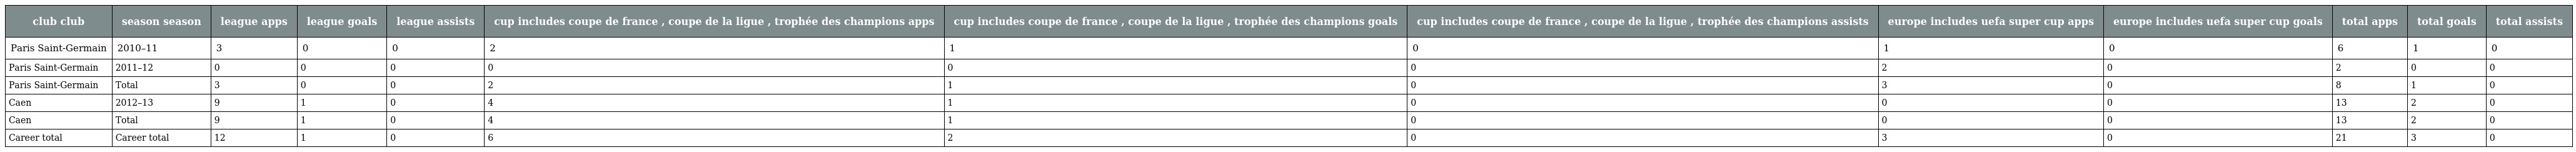
| club club | season season | league apps | league goals | league assists | cup includes coupe de france , coupe de la ligue , trophée des champions apps | cup includes coupe de france , coupe de la ligue , trophée des champions goals | cup includes coupe de france , coupe de la ligue , trophée des champions assists | europe includes uefa super cup apps | europe includes uefa super cup goals | total apps | total goals | total assists |
 | --- | --- | --- | --- | --- | --- | --- | --- | --- | --- | --- | --- | --- |
 | Paris Saint-Germain | 2010–11 | 3 | 0 | 0 | 2 | 1 | 0 | 1 | 0 | 6 | 1 | 0 |
 | Paris Saint-Germain | 2011–12 | 0 | 0 | 0 | 0 | 0 | 0 | 2 | 0 | 2 | 0 | 0 |
 | Paris Saint-Germain | Total | 3 | 0 | 0 | 2 | 1 | 0 | 3 | 0 | 8 | 1 | 0 |
 | Caen | 2012–13 | 9 | 1 | 0 | 4 | 1 | 0 | 0 | 0 | 13 | 2 | 0 |
 | Caen | Total | 9 | 1 | 0 | 4 | 1 | 0 | 0 | 0 | 13 | 2 | 0 |
 | Career total | Career total | 12 | 1 | 0 | 6 | 2 | 0 | 3 | 0 | 21 | 3 | 0 |